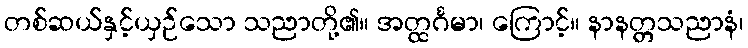
တစ်ဆယ်နှင့်ယှဉ်သော သညာတို့၏။ အတ္ထင်္ဂမာ၊ ကြောင့်။ နာနတ္တသညာနံ၊